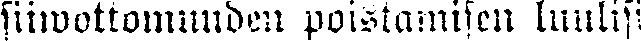
siiwottomuuden poistamisen luulisi